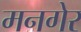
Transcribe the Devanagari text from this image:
मनगेर